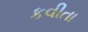
કવીતા